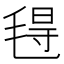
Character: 𰚟